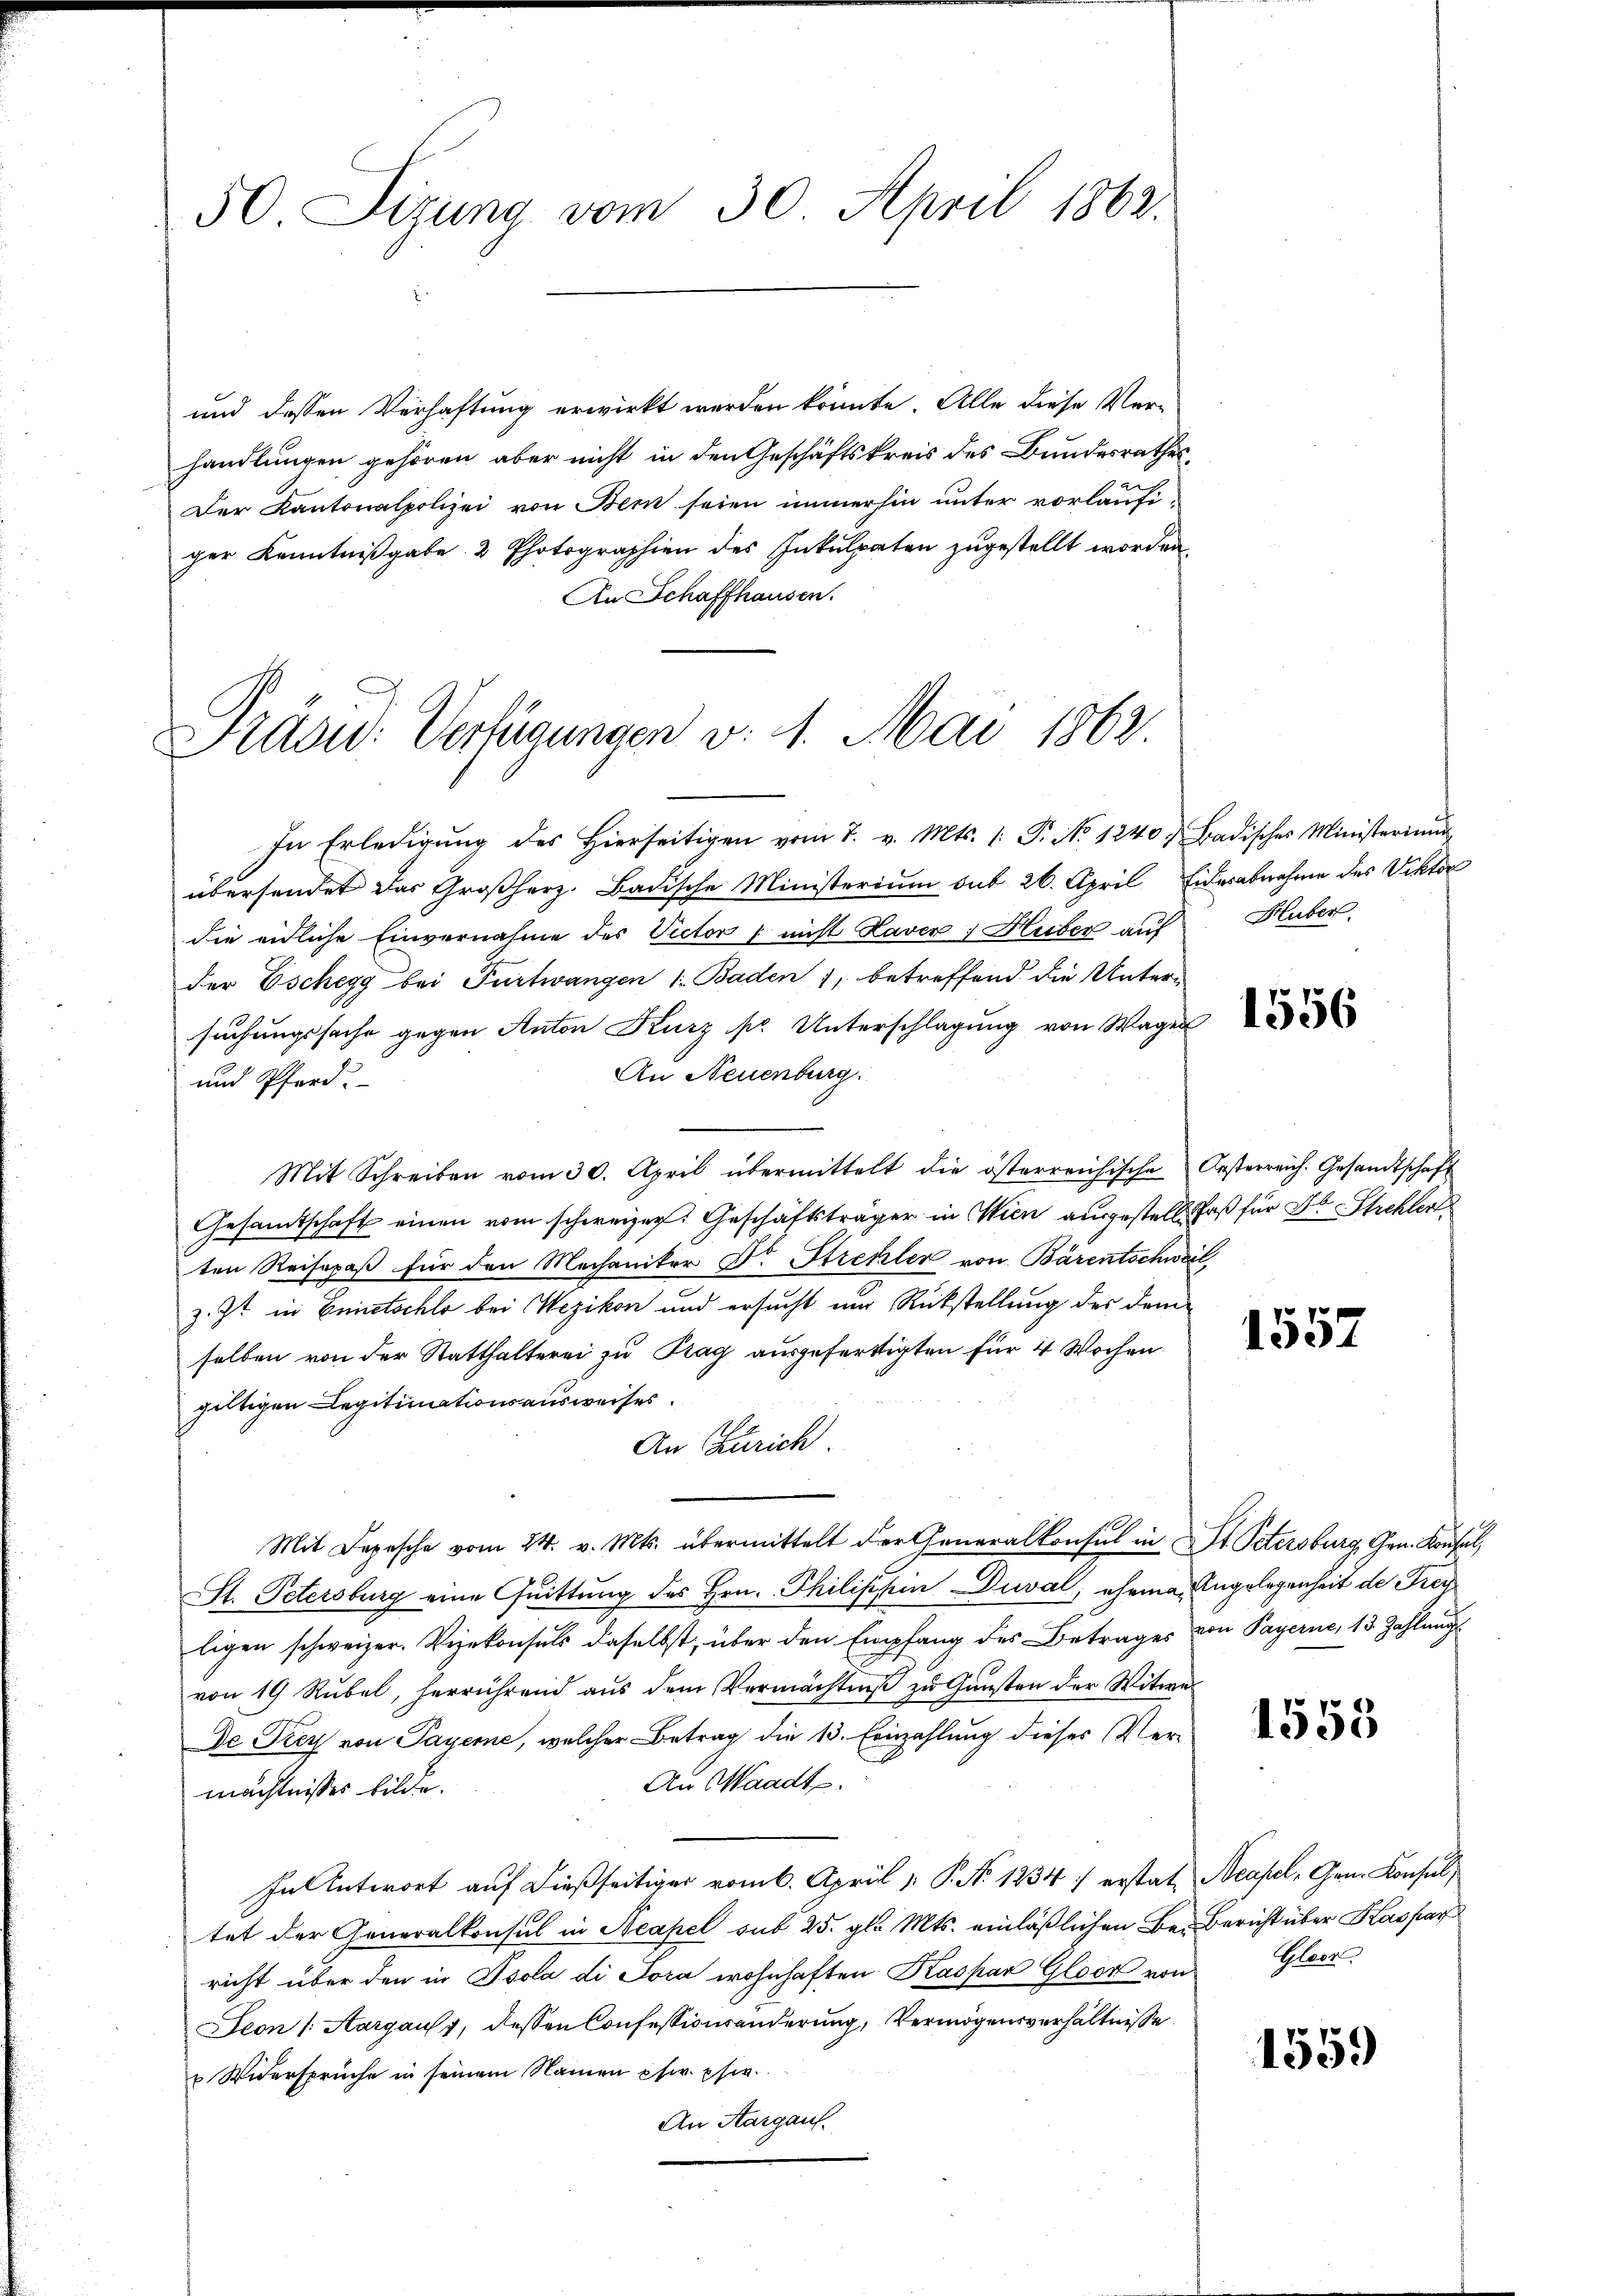
50 Sizung vom 30. April 1862.

und dessen Verhaftung erwirkt werden könnte. Alle diese Ver-
handlungen gehören aber nicht in den Geschäftskreis des Bundesrathes
Der Kantonalpolizei von Bern seien immerhin unter vorläufiger Kenntnißgabe 2 Photographien des Inkulpaten zugestellt worden.
An Schaffhausen.

Präsid. Verfügungen v. 1. Mai 1862.

In Erledigŭng des hierseitigen vom 7. v. Mts. (: P. No 1240. Badisches Ministerium
übersendet das Großherz. Badische Ministerium sub 26. April Eidesabnahme des Viktor
die eidliche Einvernahme des Victor / nicht Kaver Huber auf
der Eschegg bei Furtwangen 1. Baden 1, betreffend die Unter-
suchungssache gegen Anton Kurz sr. Unterschlagung von Wagen
An Neuenburg.
und Pferd.
Mit Schreiben vom 30. April übermittelt die österreichische Oesterreich. Gesandtschaft
Gesandtschaft einen vom schweizer. Geschäftsträger in Wien ausgestelle Paß für Dr Strehler
ten Reisepaß für den Mechaniker Dr. Strehler von Bärentschweil,
z. Zt. in Entschlo bei Wezikon und ersucht nur Rückstellung des demselben von der Statthalterei zu Prag ausgefertigten für 4 Wochen
gültigen Legitimationsausweises.
An Zürich.
Mit Depesche vom 24. v. Mts. übermittelt der Generalkonsul in St. Petersburg, Gen. Konsul,
St. Petersburg eine Quittung des Hrn. Philischen Duval, ehema, Angelegenheit de Frey
ligen schweizer. Vizekonsuls daselbst, über den Empfang des Betrages von Payerne, 13. Zahlung
von 19 Rŭbel, herrührend aŭs dem Vermächtniß zu Gunsten der Witwe
De Frey von Payeme, welcher Betrag die 13. Einzahlung dieses Ver¬
An Waadt.
mächtnisses bilde.
In Antwort auf dießseitiger vom 6. April v. P. No 1234 erstat Neapel, Gem. Konsul,
tet der Generalkonsul in Acapel sub 25. gl. Mts. einläßlichen Be- Bericht über Kaspar
richt über den in Isola di Poca wohnhaften Kaspar Gloor von Glasz
Seon (Aargaus, dessen Confessivwänderung, Vermögensverhältnisse
u Widersprüche in seinem Namen pfw. psw.
An Aargau.

Huber.

1557

1553

1559